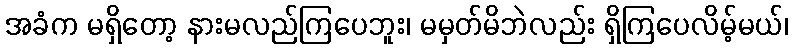
အခံက မရှိတော့ နားမလည်ကြပေဘူး၊ မမှတ်မိဘဲလည်း ရှိကြပေလိမ့်မယ်၊